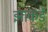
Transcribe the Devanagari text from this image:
झाकर्डे